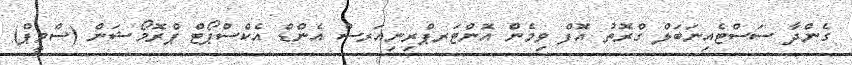
ގެންދާ ސަސްޓެއިނަބަލް ގްރޮތު އޮފް ވިމެން އޮންޓަރޕްރިނިއަރސް އެންޑް އެކްސްޕޯޓް ޕްރޮމޯޝަން (ސްވީޕް)